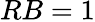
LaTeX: RB=1